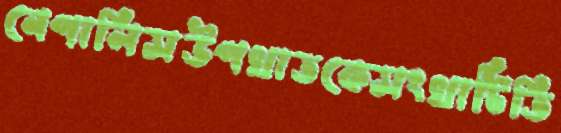
নেপালিসউপখাতকেসংখাটিতি